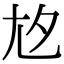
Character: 𡯌